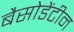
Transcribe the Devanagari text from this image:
बैसोडेंटीन